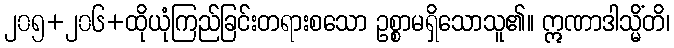
၂၀၅+၂၀၆+ထိုယုံကြည်ခြင်းတရားစသော ဥစ္စာမရှိသောသူ၏။ ဣဏာဒါသ္မိံတိ၊